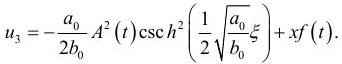
$u_{3}=-\frac{a_{0}}{2 b_{0}} A^{2}(t) \csc ^{2}\left(\frac{1}{2} \sqrt{\frac{a_{0}}{b_{0}}} \xi\right)+x f(t) .$